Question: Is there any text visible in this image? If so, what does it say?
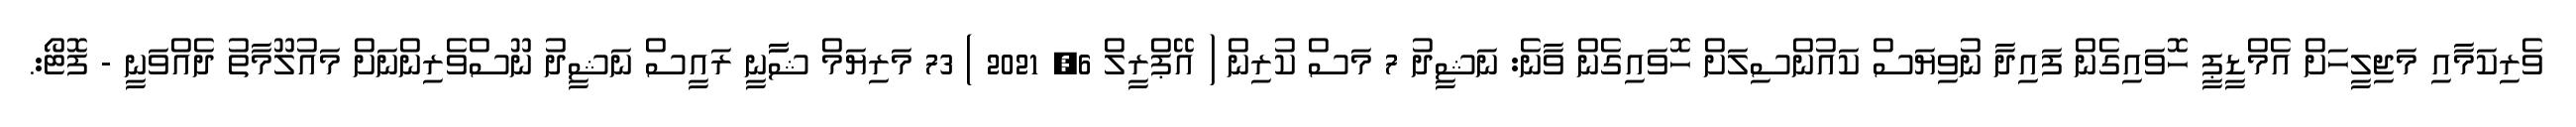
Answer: ވެރިކަމާއި މަޖިލީހަށް އެމްޑީޕީ ހޮވައިގެން ފައިދާ ނުވިޔަސް ކައުންސިލަށް ހޮވައިގެން ވާނެ: ނަޝީދު 7 މަސް ކުރިން ( އޭޕްރީލް 6, 2021 ) 73 މަރިޔަމް ޝާާނީ ރައީސް ނަޝީދު ނޫސްވެރިންނަށް މައުލޫމާތު ދެއްވަނީ - ފޮޓޯ:.